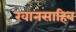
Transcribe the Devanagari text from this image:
खानसाहिब